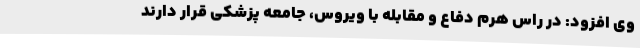
وی افزود: در راس هرم دفاع و مقابله با ویروس، جامعه پزشکی قرار دارند